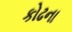
કોઢના